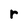
Character: r